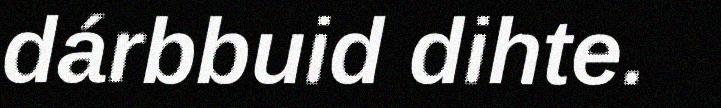
dárbbuid dihte.